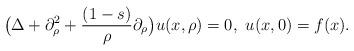
LaTeX: \begin{align*} \big(\Delta+\partial_{\rho}^2+ \frac{(1-s)}{\rho}\partial_\rho \big) u(x,\rho) = 0, \,\, u(x,0) = f(x).\end{align*}